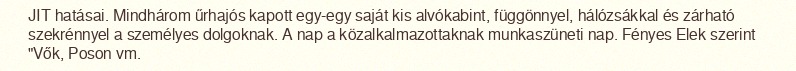
JIT hatásai. Mindhárom űrhajós kapott egy-egy saját kis alvókabint, függönnyel, hálózsákkal és zárható szekrénnyel a személyes dolgoknak. A nap a közalkalmazottaknak munkaszüneti nap. Fényes Elek szerint "Vők, Poson vm.